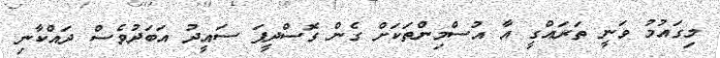
މިގައުމު ވަނީ ތަރައްގީ އާ އުސްމިންތަކަށް ގެން ގޮސްދީފަ ސައީދު އަބަދުވެސް ދައްކާނި